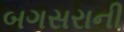
બગસરાની